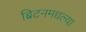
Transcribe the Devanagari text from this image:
ब्रिटनमधल्या